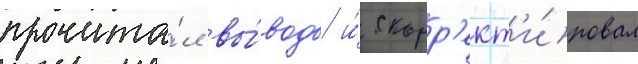
прочита́л вы́воды и́ скорр'ект'и́ровал